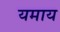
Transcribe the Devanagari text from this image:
यमाय